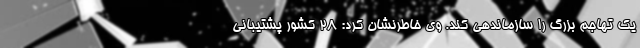
یک تهاجم بزرگ را سازماندهی کند. وی خاطرنشان کرد: ۲۸ کشور پشتیبانی